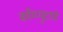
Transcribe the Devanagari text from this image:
काँम्प्युटरचे